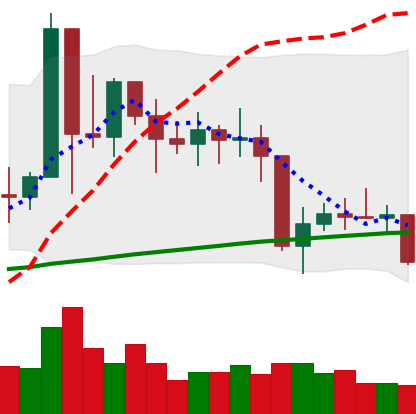
Ticker: XMR-USD
Chart end date: 2021-01-27
Forward return: 14.061%
Label: up_7plus